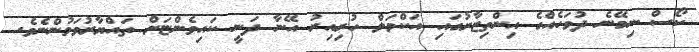
ކޯސް ނިމޭނެ ދުވަހެއްގެ އިންތިޒާރުގައި އަކްމަލް ހުރިއިރު އޭނާ ދަނީ ކައިވެންޏަށް ތައްޔާރުވަމުންނެވެ.